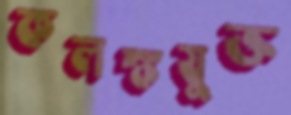
কলঙ্কযুক্ত